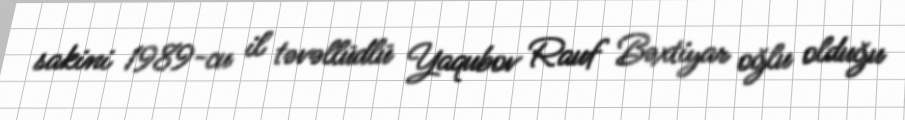
sakini 1989-cu il təvəllüdlü Yaqubov Rauf Bəxtiyar oğlu olduğu